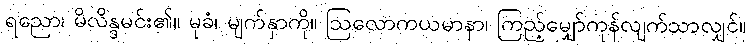
ရညော၊ မိလိန္ဒမင်း၏။ မုခံ၊ မျက်နှာကို။ ဩလောကယမာနာ၊ ကြည့်မျှော်ကုန်လျက်သာလျှင်။